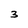
Character: 3